Indian journal of veterinary science and animal husbandry - Volumes 26-27, 1956-1957
Year: 1956
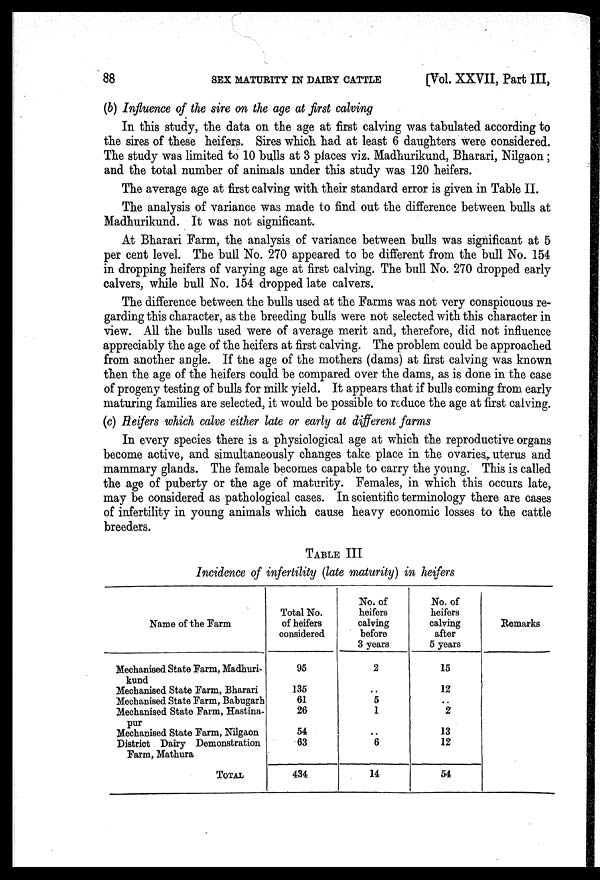
88
SEX MATURITY IN DAIRY CATTLE
[Vol. XXVII, Part III,
(b) Influence of the sire on the age at first calving
In this study, the data on the age at first calving was tabulated according to
the sires of these heifers. Sires which had at least 6 daughters were considered.
The study was limited to 10 bulls at 3 places viz. Madhurikund, Bharari, Nilgaon;
and the total number of animals under this study was 120 heifers.
The average age at first calving with their standard error is given in Table II.
The analysis of variance was made to find out the difference between bulls at
Madhurikund. It was not significant.
At Bharari Farm, the analysis of variance between bulls was significant at 5
per cent level. The bull No. 270 appeared to be different from the bull No. 154
in dropping heifers of varying age at first calving. The bull No. 270 dropped early
calvers, while bull No. 154 dropped late calvers.
The difference between the bulls used at the Farms was not very conspicuous re-
garding this character, as the breeding bulls were not selected with this character in
view. All the bulls used were of average merit and, therefore, did not influence
appreciably the age of the heifers at first calving. The problem could be approached
from another angle. If the age of the mothers (dams) at first calving was known
then the age of the heifers could be compared over the dams, as is done in the case
of progeny testing of bulls for milk yield. It appears that if bulls coming from early
maturing families are selected, it would be possible to reduce the age at first calving.
(c) Heifers which calve either late or early at different farms
In every species there is a physiological age at which the reproductive organs
become active, and simultaneously changes take place in the ovaries, uterus and
mammary glands. The female becomes capable to carry the young. This is called
the age of puberty or the age of maturity. Females, in which this occurs late,
may be considered as pathological cases. In scientific terminology there are cases
of infertility in young animals which cause heavy economic losses to the cattle
breeders.
TABLE III
Incidence of infertility (late maturity) in heifers
Name of the Farm
Mechanised State Farm, Madhuri-
kund
Mechanised State Farm, Bharari
Mechanised State Farm, Babugarh
Mechanised State Farm, Hastina¬
pur
Mechanised State Farm, Nilgaon
District Dairy Demonstration
Farm, Mathura
TOTAL
Total No.
of heifers
considered
95
135
61
26
54
63
434
No. of
heifers
calving
before
3 years
2
..
5
1
..
6
14
No. of
heifers
calving
after
5 years
15
12
..
2
13
12
54
Remarks